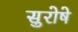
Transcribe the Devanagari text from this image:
सुरोषे